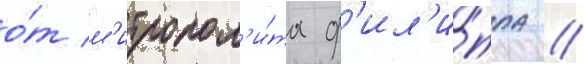
о́т м'итропол'и́та ф'ил'и́ппа /